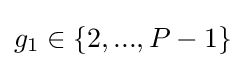
g_{1}\in \left\{2,...,P-1\right\}